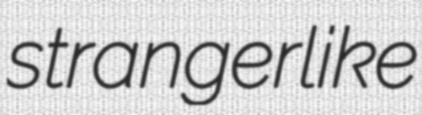
strangerlike